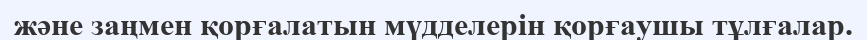
және заңмен қорғалатын мүдделерін қорғаушы тұлғалар.